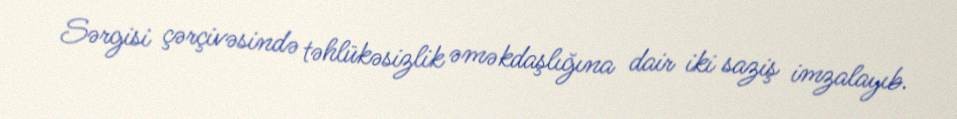
Sərgisi çərçivəsində təhlükəsizlik əməkdaşlığına dair iki saziş imzalayıb.